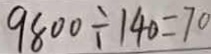
9 8 0 0 \div 1 4 0 = 7 0